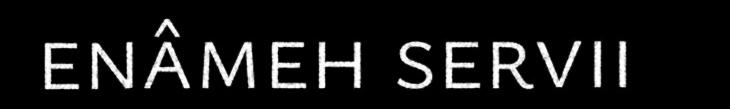
enâmeh servii